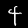
Label: 4